Lunatic asylums Punjab 1881-1894 - 1881-1894
Year: 1881
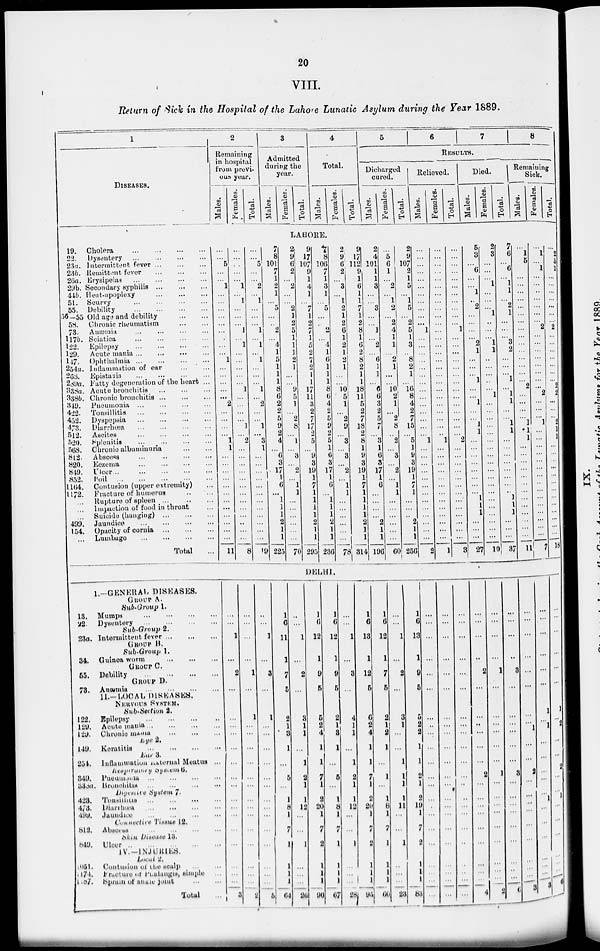
20
VIII.
Return of Sick in the Hospital of the Lahore Lunatic Asylum during the Year 1889.
1
DISEASES.
19. Cholera
...
...
...
...
22.
Dysentery
...
...
...
...
23a. Intermittent fever
...
...
...
23b. Remittent fever
...
...
...
26a. Erysipelas
...
...
...
...
29b. Secondary syphilis
...
...
...
44b. Heat-apoplexy
...
...
...
51. Scurvy
...
...
...
...
55. Debility
...
...
...
...
36— 55 Old age and debility
...
...
58. Chronic rheumatism
...
...
73. Anæmia
...
...
...
...
117b. Sciatica
...
...
...
...
122. Epilepsy
...
...
...
...
129.
Acute mania
...
...
...
...
147. Ophthalmia
...
...
...
...
254a. Intlammation of ear
...
...
268.
Epistaxis ... ... ... ...
289a. Fatty degeneration of the heart ...
338a. Acute bronchitis
...
...
...
338b. Chronic bronchitis
...
...
...
349. Pneumonia
...
...
...
...
422. Tonsillitis ... ... ... ...
452. Dyspepsia ... ... ... ...
473. Diarrhœa
...
...
...
...
512. Ascites
...
...
...
...
520. Splenitis ... ... ... ...
568. Chronic albuminuria
...
...
802. Abscess ... ... ... ...
820. Eczema
...
...
...
...
849. Ulcer
...
...
...
...
...
852.
Foil ... ... ... ... ...
1164. Contusion (upper extremity) ...
1172. Fracture of humerus ... ...
... Rupture of spleen ...
...
...
... Impaction of food in throat ...
... Suicide (hanging)
...
...
...
499. Jaundice
...
...
...
...
154. Opacity of cornia
...
...
...
... Lumbago
...
...
...
...
Total ...
2
Remaining
in hospital
from previ-
ous year.
Males.
Females.
Total.
3
Admitted
during the
year.
Males.
Females.
Total.
4
Total.
Males.
Females.
Total.
5
6
7
8
RESULTS.
Dicharged
cured.
Males.
Females.
Total.
Relieved.
Males.
Females.
Total.
Died.
Males.
Females.
Total.
Remaining
Sick.
Males.
Females.
Total.
LAHORE.
...
...
5
...
...
1
...
...
...
...
...
...
...
...
...
1
...
...
...
...
...
2
...
...
...
...
1
1
...
...
...
...
...
...
...
...
...
...
...
...
11
...
...
...
...
...
1
...
1
...
...
...
1
...
1
...
...
...
...
...
1
...
...
...
...
1
...
2
...
...
...
...
...
...
...
...
...
...
...
...
...
8
...
...
5
...
...
2
...
1
...
...
...
1
...
1
...
1
...
...
...
1
...
2
...
..
1
...
3
1
...
...
...
...
...
...
...
...
...
...
...
...
19
7
8
101
7
1
2
1
...
5
...
...
2
...
4
1
5
1
1
1
8
6
2
2
5
9
2
4
...
6
3
17
1
6
...
1
1
1
2
1
1
225
2
9
6
2
...
2
...
...
2
1
2
5
1
1
1
2
1
...
...
9
5
1
...
2
8
...
1
...
3
...
2
...
1
1
...
...
...
...
...
...
70
9
17
107
9
1
4
1
...
7
1
2
7
1
5
2
7
2
1
1
17
11
3
2
7
17
2
5
...
9
3
19
1
7
1
1
1
1
2
1
1
295
7 8
106
7
1
3
1
...
5
...
...
2
...
4
1
6
1
1
1
8
6
4
2
5
9
2
5
1
6
3
17
1
6
...
1
1
1
2
1
1
236
2
9
6
2
...
3
...
1
2
1
2
6
1
2
1
2
1
...
...
10
5
1
...
2
9
...
3
...
3
...
2
...
1
1
...
...
...
...
...
...
78
9
17
112
9
1
6
1
1
7
1
2
8
1
6
2
8
2
1
1
18
11
5
2
7
18
2
8
1
9
3
19
1
7
1
1
1
1
2
1
1
314
2
4
101
1
1
3
...
...
3
...
...
1
...
2
...
6
1
1
...
6
6
3
2
5
7
...
3
1
6
3
17
1
6
...
...
...
...
2
1
1
196
...
5
6
1
...
2
...
1
2
...
2
4
1
1
...
2
1
...
...
10 2
1
...
2
8
...
2
...
3
...
2
...
1
1
...
...
...
...
...
...
60
2
9
107
2
1
5
...
1
5
...
2
5
1
3
...
8
2
1
...
16
8
4
2
7
15
...
5
1
9
3
19
1
7
1
...
...
...
2
1
1
256
...
...
...
...
...
...
...
...
...
...
...
1
...
...
...
...
...
...
...
...
...
...
...
...
...
...
1
...
...
...
...
...
...
...
...
...
...
...
...
...
2
...
...
...
...
...
...
...
...
...
...
...
...
...
...
...
...
...
...
...
...
...
...
...
...
...
...
1
...
...
...
...
...
...
...
...
...
...
...
...
...
1
...
...
...
...
...
...
...
...
...
...
...
1
...
...
...
...
...
...
...
...
...
...
...
...
...
...
2
...
...
...
...
...
...
...
...
...
...
...
...
...
3
5
3
...
6
...
...
1
...
2
...
...
...
...
2
1
...
...
...
1
...
...
1
...
...
1
1
...
...
...
...
...
...
...
...
1
1
1
...
...
...
27
2
3
...
...
...
1
...
...
...
1
...
...
...
1
1
...
...
...
...
...
1
...
...
...
...
...
...
...
...
...
...
...
...
...
...
...
...
...
...
...
10
7
6
...
6
...
1
1
...
2
1
...
...
...
3
2
...
...
...
1
...
1
1
...
...
1
1
...
...
...
...
...
...
...
...
1
1
1
...
...
...
37
...
1
5
...
...
...
...
...
...
...
...
...
...
...
...
...
...
...
...
2
...
...
...
...
1
1
1
...
...
...
...
...
...
...
...
...
...
...
...
...
11
...
1
...
1
...
...
...
...
...
...
...
2
...
...
...
...
...
...
...
...
2
...
...
...
1
...
...
...
...
...
...
...
...
...
...
...
...
...
...
...
7
...
2
5
1
...
...
...
...
...
...
...
2
...
...
...
...
...
...
...
2
2
...
...
...
2
1
1
...
...
...
...
...
...
...
...
...
...
...
...
...
18
DELHI.
1.—GENERAL DISEASES.
GROUP A.
Sub-Group 1.
13. Mumps
...
...
...
...
22. Dysentery
...
...
...
...
Sub-Group 2.
23a. Intermittent fever
...
...
...
GROUP B.
Sub-Group 1.
34. Guinea worm
...
...
...
GROUP C.
55. Debility
...
...
...
...
GROUP D.
73. Anæmia
...
...
...
...
II.—LOCAL DISEASES.
NERVOUS SYSTEM.
Sub-Section 2.
122. Epilepsy ... ... ... ...
129. Acute mania ... ... ... ...
129. Chronic mania ... ... ...
Eye 2.
149. Keratitis ... ... ... ...
Ear 3.
254. Inflammation External Meatus ...
kesparacory System 6.
349. Pneumonia ... ... ... ...
333a. Bronchitis ... ... ... ...
Digestive
System 7.
423. Tonsillitis ... ... ... ...
473. Diarrhœa ... ... ... ...
499. Jaundice ... ... ... ...
Connectice Tissue 12.
812.
Abscess ... ... ... ...
Skin Disease 13.
849. Ulcer ... ... ... ... ...
IV.—INJURIES.
Local 2.
1051. Contusion of the scalp ... ...
1174. Fracture of Pnalangis, simple
1187. Spram of ankle joint ... ...
Total ...
...
...
1
...
2
...
...
...
...
...
...
...
...
...
...
...
...
...
...
...
...
3
...
...
...
...
1
...
1
...
...
...
...
...
...
...
...
...
...
...
...
...
...
2
...
...
1
...
3
...
1
...
...
...
...
...
...
...
...
...
...
...
...
...
...
5
1
6
11
1
7
5
2
1
3
1
...
5
...
1
8
1
7
1
1
1
1
64
...
...
1
...
2
...
3
1
1
...
1
2
1
1
12
...
...
1
...
...
...
26
1
6
12
1
9
5
5
2
4
1
1
7
1
2
20
1
7
2
1
1
1
90
1
6
12
1
9
5
2
1
3
1
...
5
...
1
8
1
7
1
1
1
1
67
...
...
1
...
3
...
4
1
1
...
1
2
1
1
12
...
...
1
...
...
...
28
1
6
13
1
12
5
6
2
4
1
1
7
1
2
20
1
7
2
1
1
1
95
1
6
12
1
7
5
2
1
2
1
...
1
...
1
8
1
7
1
1
1
1
60
...
...
1
...
2
...
3
1
...
...
1
1
1
1
11
...
...
1
...
...
...
23
1
6
13
1
9
5
5
2
2
1
1
2
1
2
19
1
7
2
1
1
1
83
...
...
...
...
...
...
...
...
...
...
...
...
...
...
...
...
...
...
...
...
...
...
...
...
...
...
...
...
...
...
...
...
...
...
...
...
...
...
...
...
...
...
...
...
...
...
...
...
...
...
...
...
...
...
...
...
...
...
...
...
...
...
...
...
...
...
...
...
...
...
2
...
...
...
...
...
...
2
...
...
...
...
...
...
...
...
...
4
...
...
...
...
1
...
...
...
...
...
...
1
...
...
...
...
...
...
...
...
...
2
...
...
...
...
3
...
...
...
...
...
...
3
...
...
...
...
...
...
...
...
...
6
...
...
...
...
...
...
...
...
1
...
...
2 ...
...
...
...
...
...
...
...
...
3
...
...
...
...
...
...
1
... 1
...
...
...
...
...
1
...
...
...
...
...
...
3
...
...
...
...
...
...
1
...
2
...
...
2
...
...
1
...
...
...
...
...
...
6